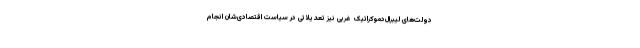
دولت‌های لیبرال‌دموکراتیک غربی نیز تعدیلاتی در سیاست اقتصادی‌شان انجام